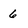
Character: 6